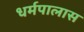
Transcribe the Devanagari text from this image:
धर्मपालास